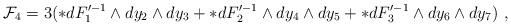
LaTeX: \begin{align*}{\cal F}_4 =3( *dF'^{-1}_1 \wedge dy_2\wedge dy_3 + *dF'^{-1}_2 \wedge dy_4\wedge dy_5 + *dF'^{-1}_3 \wedge dy_6\wedge dy_7 ) \ , \end{align*}